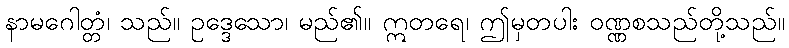
နာမဂေါတ္တံ၊ သည်။ ဥဒ္ဒေသော၊ မည်၏။ ဣတရေ၊ ဤမှတပါး ဝဏ္ဏစသည်တို့သည်။